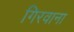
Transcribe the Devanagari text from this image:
गिरवाना